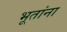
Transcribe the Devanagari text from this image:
भूतांना